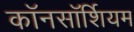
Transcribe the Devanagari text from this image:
कॉनसॉर्शियम